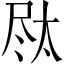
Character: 𪨐